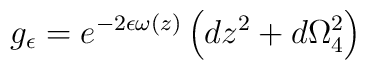
g_\epsilon=e^{-2\epsilon\omega(z)}\left(dz^2+d\Omega_4^2\right)